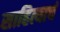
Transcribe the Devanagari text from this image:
साहित्याचं